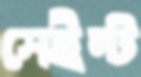
সেইন্ট